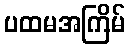
ပထမအကြိမ်